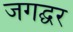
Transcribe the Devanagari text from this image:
जगद्घर